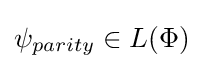
{\textstyle \psi _{parity}\in L(\Phi )}